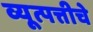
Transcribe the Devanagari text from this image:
व्यूत्पत्तीचे